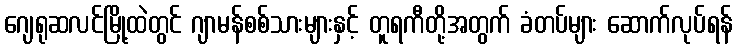
ဂျေရုဆလင်မြို့ထဲတွင် ဂျာမန်စစ်သားများနှင့် တူရကီတို့အတွက် ခံတပ်များ ဆောက်လုပ်ရန်